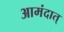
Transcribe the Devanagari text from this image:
आमंदात्‌